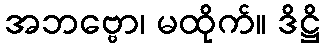
အဘဗ္ဗော၊ မထိုက်။ ဒိဋ္ဌိ